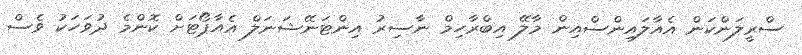
ސްރީލަންކަން އެއާލައިންސްއިން މާލޭ އިބްރާހިމް ނާސިރު އިންޓަނޭޝަނަލް އެއާޕޯޓަށް ކޮންމެ ދުވަހަކު ވެސް